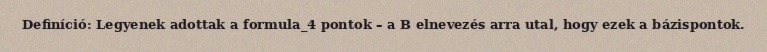
Definíció: Legyenek adottak a formula_4 pontok – a B elnevezés arra utal, hogy ezek a bázispontok.